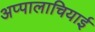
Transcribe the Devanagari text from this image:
अप्पालाचियाई